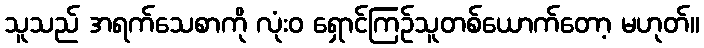
သူသည် အရက်သေစာကို လုံးဝ ရှောင်ကြဉ်သူတစ်ယောက်တော့ မဟုတ်။